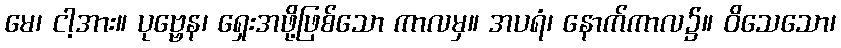
မေ၊ ငါ့အား။ ပုဗ္ဗေန၊ ရှေးအဖို့ဖြစ်သော ကာလမှ။ အပရံ၊ နောက်ကာလ၌။ ဝိသေသော၊